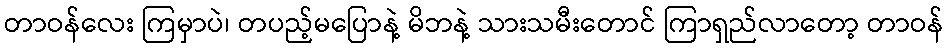
တာဝန်လေး ကြမှာပဲ၊ တပည့်မပြောနဲ့ မိဘနဲ့ သားသမီးတောင် ကြာရှည်လာတော့ တာဝန်